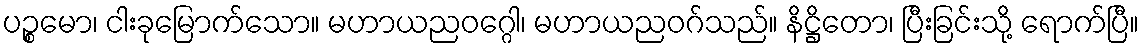
ပဉ္စမော၊ ငါးခုမြောက်သော။ မဟာယညဝဂ္ဂေါ၊ မဟာယညဝဂ်သည်။ နိဋ္ဌိတော၊ ပြီးခြင်းသို့ ရောက်ပြီ။